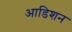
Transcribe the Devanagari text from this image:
आडिशन